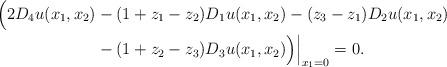
LaTeX: \begin{align*}\Big( 2 D_4 u(x_1,x_2) & - (1+z_1-z_2) D_1u(x_1,x_2) - (z_3-z_1) D_2 u(x_1,x_2) \\ & - (1+z_2-z_3) D_3 u(x_1,x_2) \Big) \Big| _{x_1 = 0} = 0.\end{align*}